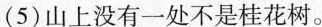
(5)山上没有一处不是桂花树。